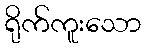
ရိုက်ကူးသော